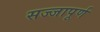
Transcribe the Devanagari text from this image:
सज्जापूर्ण